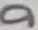
Text: a